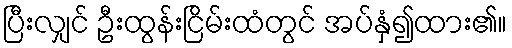
ပြီးလျှင် ဦးထွန်းငြိမ်းထံတွင် အပ်နှံ၍ထား၏။